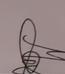
Signature authenticity: genuine